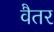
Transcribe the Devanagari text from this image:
वैतर